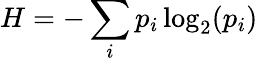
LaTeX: H=-\sum_{i}p_{i}\log_{2}(p_{i})